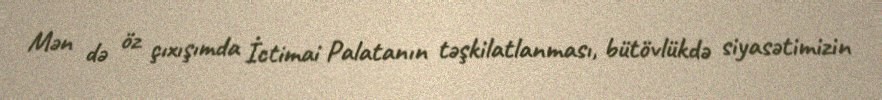
Mən də öz çıxışımda İctimai Palatanın təşkilatlanması, bütövlükdə siyasətimizin